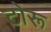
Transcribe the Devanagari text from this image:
टोरू